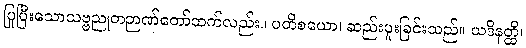
ပြုပြီးသောသဗ္ဗညုတဉာဏ်တော်ထက်လည်း။ ပတိစယော၊ ဆည်းပူးခြင်းသည်။ ယဒိနတ္ထိ၊